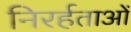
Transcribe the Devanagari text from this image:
निरर्हताओं